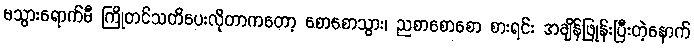
မသွားရောက်မီ ကြိုတင်သတိပေးလိုတာကတော့ စောစောသွား၊ ညစာစောစော စားရင်း အချိန်ဖြုန်းပြီးတဲ့နောက်